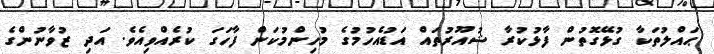
ޙައްލުތަކާ ގުޅޭގޮތުން ފާޅުކުރާ ޝުއޫރުތައް އަޑުއެހުމުގެ މުހިންމުކަން ފާހަގަ ކުރެއްވިއެވެ. އަދި ޒުވާނުންގެ